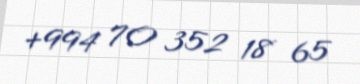
+994 70 352 18 65